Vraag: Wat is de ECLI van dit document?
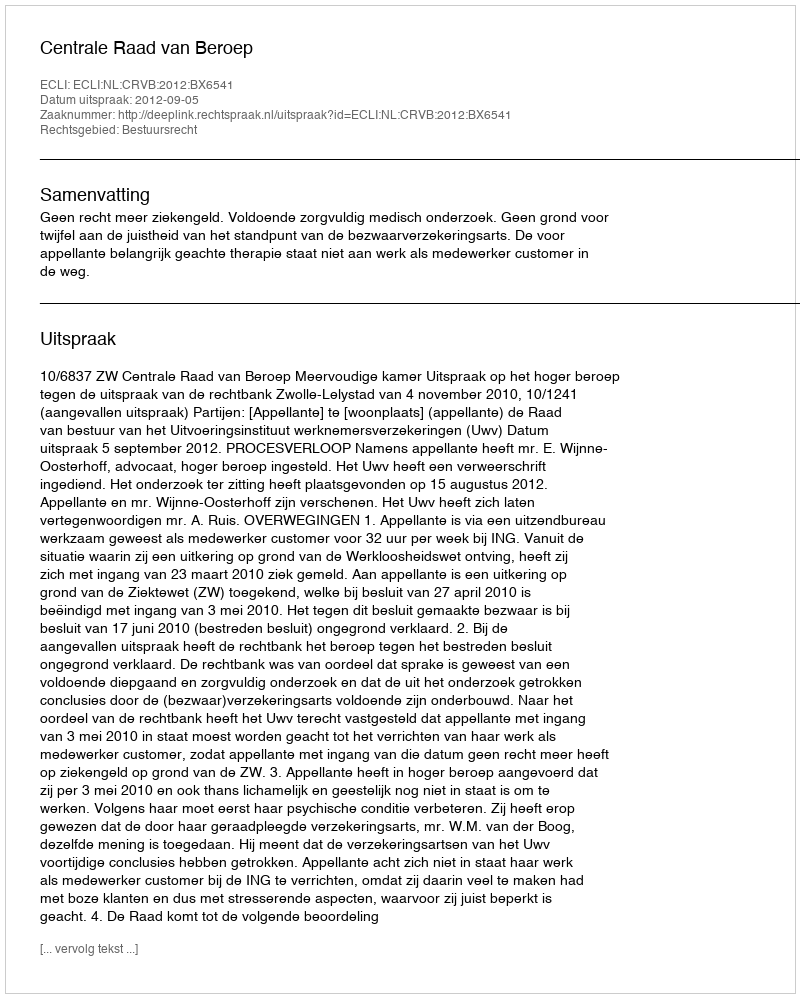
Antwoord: ECLI:NL:CRVB:2012:BX6541